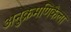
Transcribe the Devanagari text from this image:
अनुक्रमणिकेला